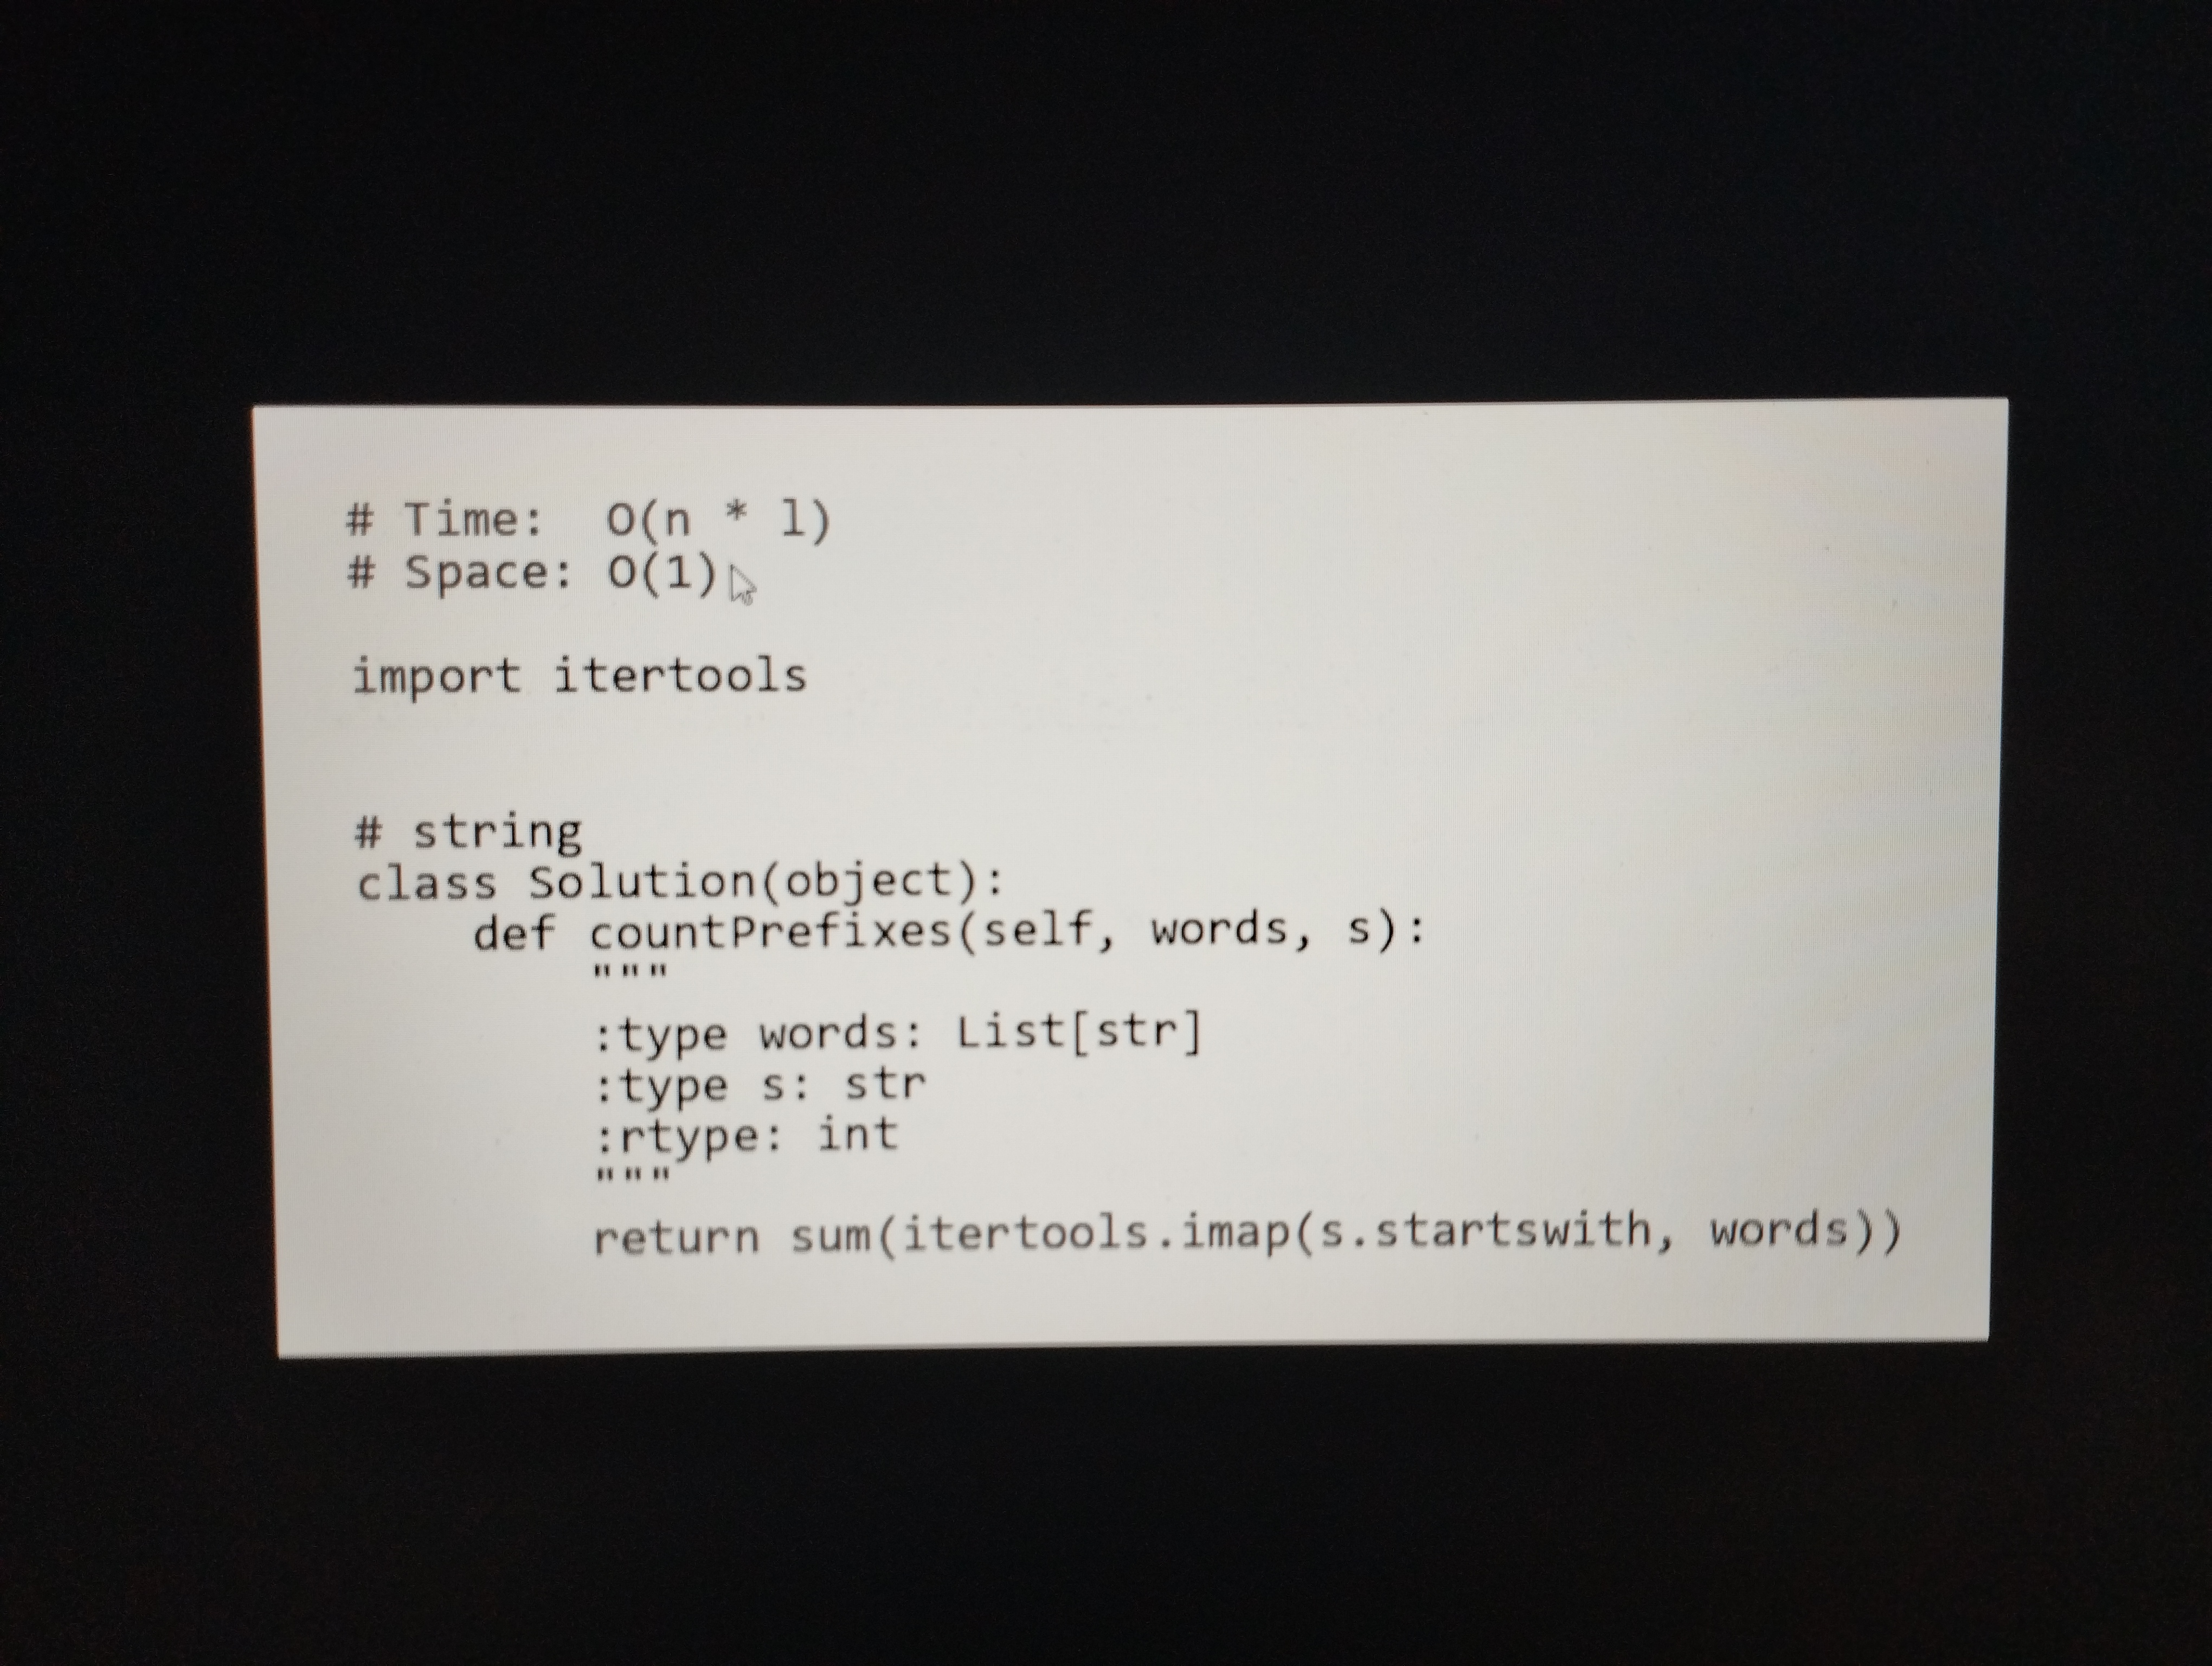
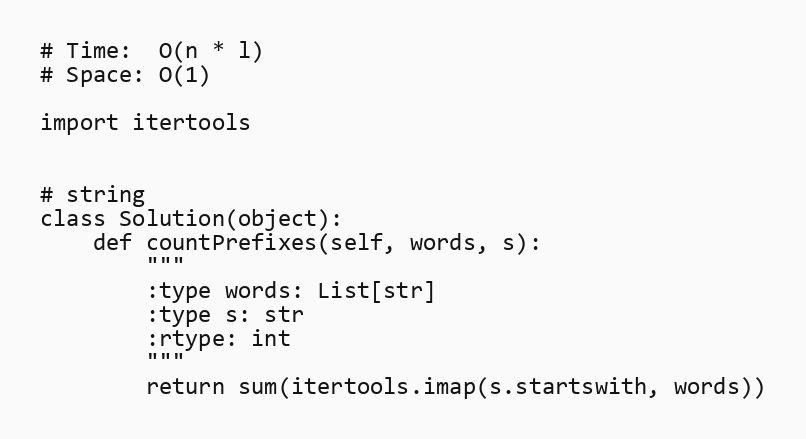
# Time:  O(n * l)
# Space: O(1)

import itertools

# string
class Solution(object):
    def countPrefixes(self, words, s):
        """
        :type words: List[str]
        :type s: str
        :rtype: int
        """
        return sum(itertools.imap(s.startswith, words))